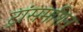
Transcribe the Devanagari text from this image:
ट्रांसमशिन